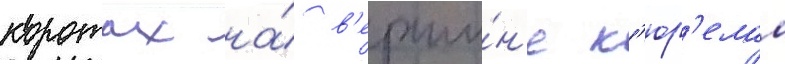
коротах на́ в'ерши́н'е к'юр'елам